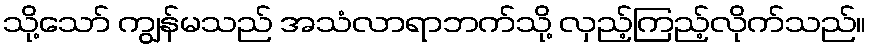
သို့သော် ကျွန်မသည် အသံလာရာဘက်သို့ လှည့်ကြည့်လိုက်သည်။